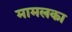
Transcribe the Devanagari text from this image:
मामलका